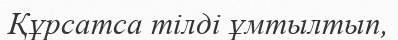
Құрсатса тілді ұмтылтып,